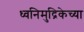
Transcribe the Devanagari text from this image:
ध्वनिमुद्रिकेच्या